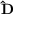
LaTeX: \mathbf { \hat { D } }